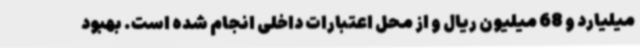
میلیارد و 68 میلیون ریال و از محل اعتبارات داخلی انجام شده است. بهبود